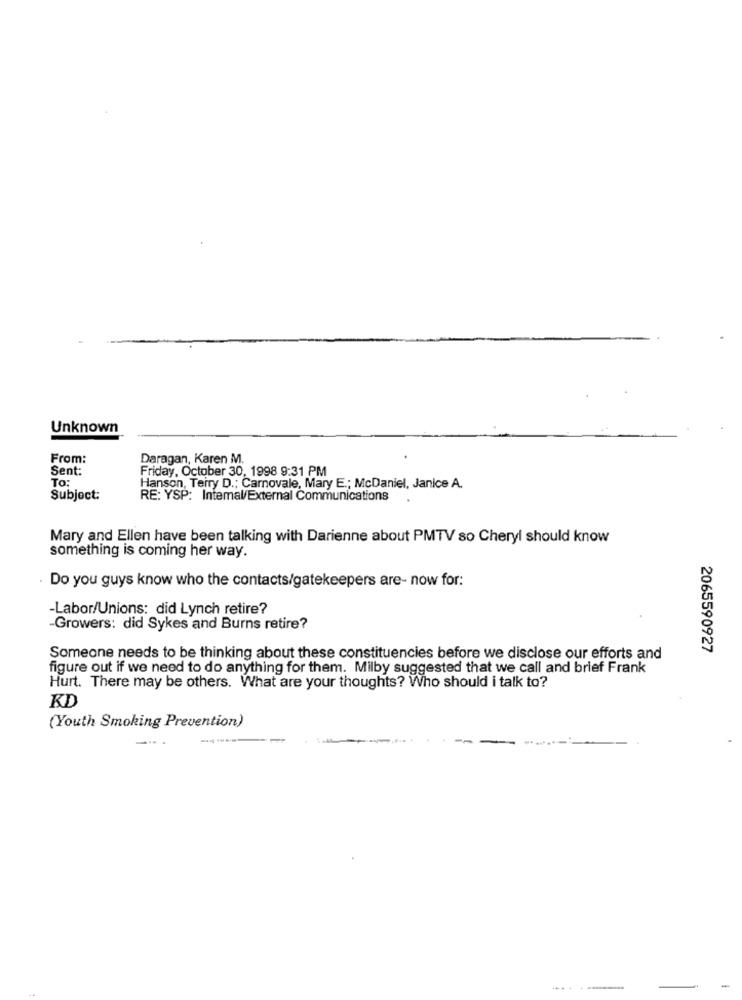
Unknown
From:
Daragan, Karen M.
Sent:
Friday, October 30, 1998 9:31 PM
To:
Hanson, Terry D .; Carnovale, Mary E .; McDaniel, Janice A.
Subject:
RE: YSP: Intemal/External Communications
Mary and Ellen have been talking with Darienne about PMTV so Cheryl should know
something is coming her way.
Do you guys know who the contacts/gatekeepers are- now for:
-Labor/Unions: did Lynch retire?
-Growers: did Sykes and Burns retire?
2065590927
Someone needs to be thinking about these constituencies before we disclose our efforts and
figure out if we need to do anything for them. Milby suggested that we call and brief Frank
Hurt. There may be others. What are your thoughts? Who should i talk to?
KD
(Youth Smoking Prevention)